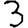
Digit: 3